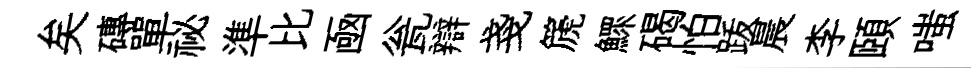
矣磚單祕準比凾瓮辯戔篪鰥碣怕䟦晨李頤嗤